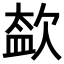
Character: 𣣥